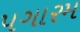
પગારમ